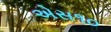
એસ૧૦